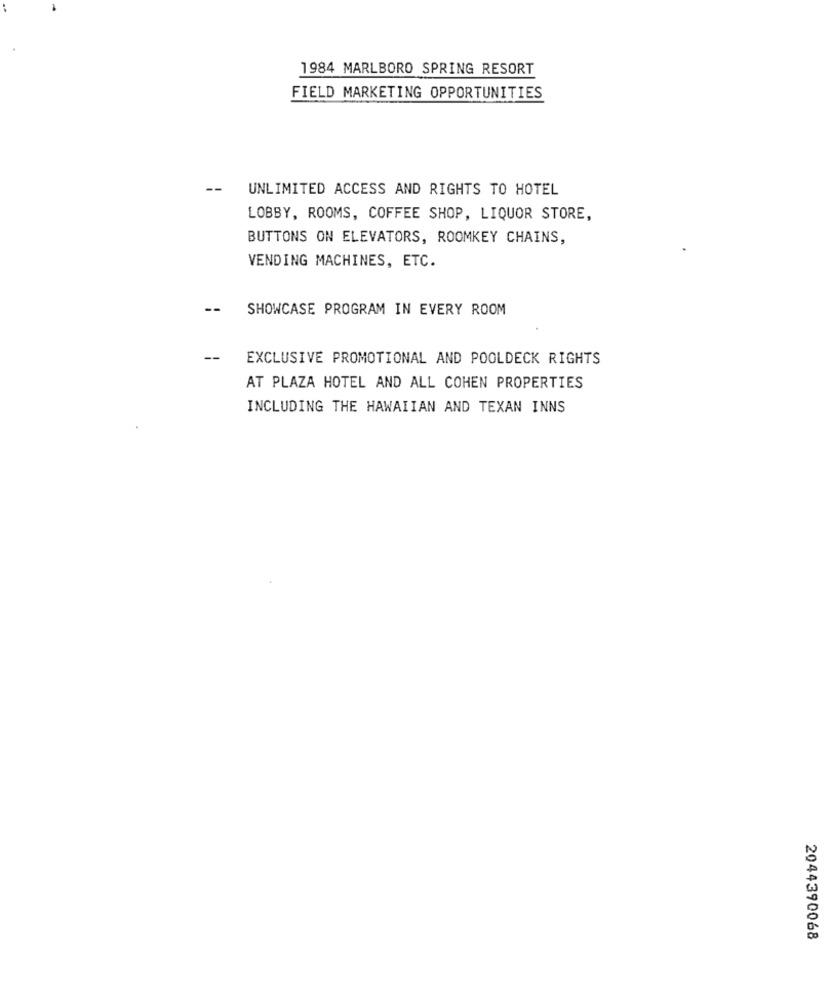
1984 MARLBORO SPRING RESORT
FIELD MARKETING OPPORTUNITIES
--
UNLIMITED ACCESS AND RIGHTS TO HOTEL
LOBBY, ROOMS, COFFEE SHOP, LIQUOR STORE,
BUTTONS ON ELEVATORS, ROOMKEY CHAINS,
VENDING MACHINES, ETC.
--
SHOWCASE PROGRAM IN EVERY ROOM
--
EXCLUSIVE PROMOTIONAL AND POOLDECK RIGHTS
AT PLAZA HOTEL AND ALL COHEN PROPERTIES
INCLUDING THE HAWAIIAN AND TEXAN INNS
2044390068